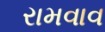
રામવાવ